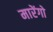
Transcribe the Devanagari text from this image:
मारेंगो